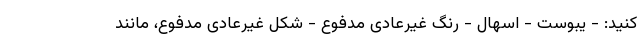
کنید: - یبوست - اسهال - رنگ غیرعادی مدفوع - شکل غیرعادی مدفوع، مانند